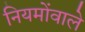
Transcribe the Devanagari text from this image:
नियमोंवाले